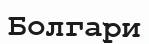
Болгари